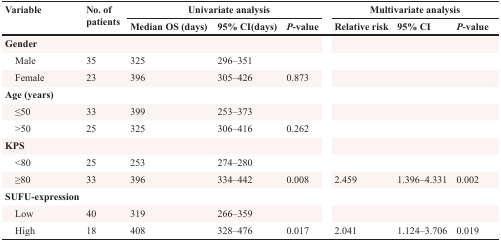
<table><thead><tr><td rowspan="2"><b>Variable</b></td><td rowspan="2"><b>No. of patients</b></td><td colspan="3"><b>Univariate analysis</b></td><td></td><td colspan="3"><b>Multivariate analysis</b></td></tr><tr><td><b>Median OS (days)</b></td><td><b>95% CI(days)</b></td><td><b><i>P</i>-value</b></td><td></td><td><b>Relative risk</b></td><td><b>95% CI</b></td><td><b><i>P</i>-value</b></td></tr></thead><tbody><tr><td colspan="9"><b>Gender</b></td></tr><tr><td> Male</td><td>35</td><td>325</td><td>296–351</td><td></td><td></td><td></td><td></td><td></td></tr><tr><td> Female</td><td>23</td><td>396</td><td>305–426</td><td>0.873</td><td></td><td></td><td></td><td></td></tr><tr><td colspan="9"><b>Age (years)</b></td></tr><tr><td> ≤50</td><td>33</td><td>399</td><td>253–373</td><td></td><td></td><td></td><td></td><td></td></tr><tr><td> &gt;50</td><td>25</td><td>325</td><td>306–416</td><td>0.262</td><td></td><td></td><td></td><td></td></tr><tr><td colspan="9"><b>KPS</b></td></tr><tr><td> &lt;80</td><td>25</td><td>253</td><td>274–280</td><td></td><td></td><td></td><td></td><td></td></tr><tr><td> ≥80</td><td>33</td><td>396</td><td>334–442</td><td>0.008</td><td></td><td>2.459</td><td>1.396–4.331</td><td>0.002</td></tr><tr><td colspan="9"><b>SUFU-expression</b></td></tr><tr><td> Low</td><td>40</td><td>319</td><td>266–359</td><td></td><td></td><td></td><td></td><td></td></tr><tr><td> High</td><td>18</td><td>408</td><td>328–476</td><td>0.017</td><td></td><td>2.041</td><td>1.124–3.706</td><td>0.019</td></tr></tbody></table>